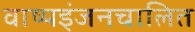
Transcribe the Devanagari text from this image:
वाष्पइंजनचालित